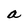
Character: a